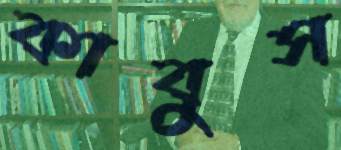
কাবুস